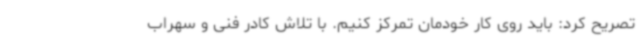
تصریح کرد: باید روی کار خودمان تمرکز کنیم. با تلاش کادر فنی و سهراب